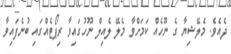
ދެއެވެ. މެލޭޝިޔާ ގެ ނޫހެއް ކަމަށްވާ މެލޭ ލެއިލް ނޫހުގައިވާ ރިޕޯޓެއްގައި ބުނެފައިވާ